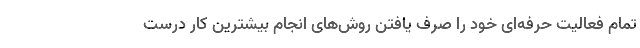
تمام فعالیت حرفه‌ای خود را صرف یافتن روش‌های انجام بیشترین کار درست